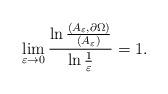
LaTeX: \begin{align*}\lim_{\varepsilon\to 0}\frac{\ln\frac{(A_\varepsilon, \partial \Omega)}{(A_\varepsilon)}}{\ln\frac{1}{\varepsilon}}=1.\end{align*}